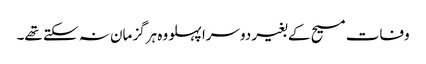
وفات مسیح کے بغیر دوسرا پہلو وہ ہرگز مان نہ سکتے تھے۔